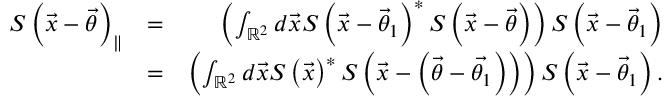
\begin{array} { r l r } { S \left( \vec { x } - \vec { \theta } \right) _ { \parallel } } & { = } & { \left( \int _ { \mathbb { R } ^ { 2 } } d \vec { x } S \left( \vec { x } - \vec { \theta } _ { 1 } \right) ^ { \ast } S \left( \vec { x } - \vec { \theta } \right) \right) S \left( \vec { x } - \vec { \theta } _ { 1 } \right) } \\ & { = } & { \left( \int _ { \mathbb { R } ^ { 2 } } d \vec { x } S \left( \vec { x } \right) ^ { \ast } S \left( \vec { x } - \left( \vec { \theta } - \vec { \theta _ { 1 } } \right) \right) \right) S \left( \vec { x } - \vec { \theta } _ { 1 } \right) . } \end{array}